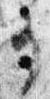
事